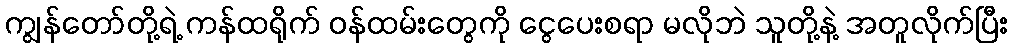
ကျွန်တော်တို့ရဲ့ ကန်ထရိုက် ဝန်ထမ်းတွေကို ငွေပေးစရာ မလိုဘဲ သူတို့နဲ့ အတူလိုက်ပြီး